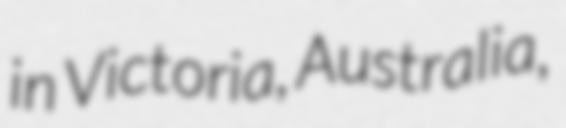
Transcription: in Victoria, Australia,